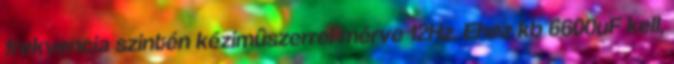
frekvencia szintén kézimûszerrel mérve 12Hz. Ehez kb 6600uF kell,